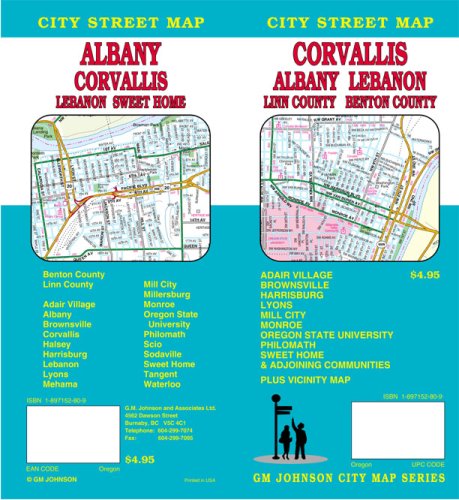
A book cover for Corvallis/Albany/Lebanon/Sweet Home Street Map; GM Johnson & Associates Ltd.; Travel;